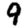
Digit: 9